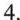
4.